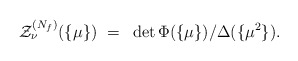
\begin{align*}{\cal Z}_\nu^{(N_f)} (\{\mu\}) ~=~ \det \Phi(\{\mu\})/\Delta(\{\mu^2\}).\end{align*}